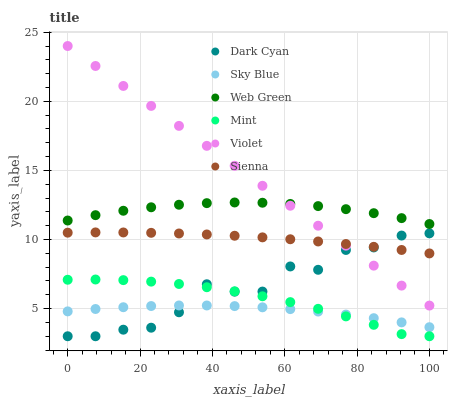
| xaxis_label | Dark Cyan | Sky Blue | Web Green | Mint | Violet | Sienna |
 | --- | --- | --- | --- | --- | --- | --- |
 | 0 | 3 | 4.8 | 11.4 | 7.09 | 24 | 10.5 |
 | 7.69 | 3 | 4.97 | 11.8 | 7.11 | 22.6 | 10.5 |
 | 15.4 | 3.47 | 5.1 | 12.1 | 7.06 | 21.1 | 10.5 |
 | 23.1 | 3.62 | 5.19 | 12.3 | 6.95 | 19.7 | 10.5 |
 | 30.8 | 4.74 | 5.23 | 12.5 | 6.78 | 18.2 | 10.4 |
 | 38.5 | 6.76 | 5.23 | 12.6 | 6.55 | 16.8 | 10.4 |
 | 46.2 | 6.23 | 5.18 | 12.7 | 6.25 | 15.3 | 10.3 |
 | 53.8 | 6.23 | 5.09 | 12.7 | 5.89 | 13.9 | 10.2 |
 | 61.5 | 8.05 | 4.96 | 12.6 | 5.47 | 12.4 | 10 |
 | 69.2 | 7.81 | 4.79 | 12.4 | 4.99 | 11 | 9.86 |
 | 76.9 | 9.24 | 4.57 | 12.2 | 4.44 | 9.55 | 9.68 |
 | 84.6 | 9.43 | 4.31 | 11.9 | 3.83 | 8.11 | 9.47 |
 | 92.3 | 10.3 | 4 | 11.5 | 3.15 | 6.66 | 9.24 |
 | 100 | 10.4 | 3.66 | 11.1 | 3 | 5.22 | 8.99 |